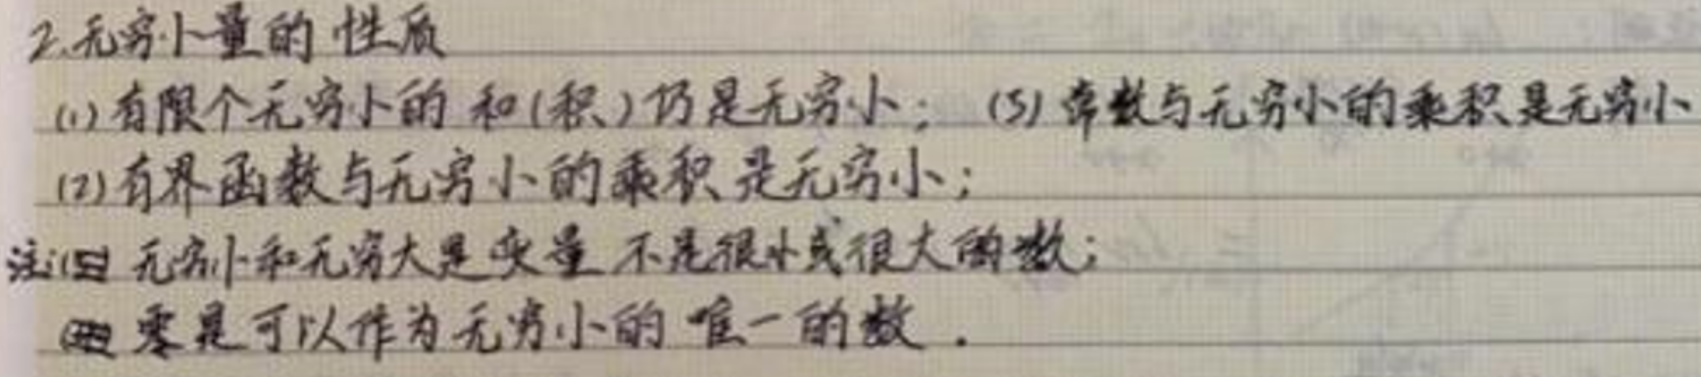
2.无穷小量的性质

(1) 有限个无穷小的和(积)仍是无穷小；(3) 常数与无穷小的乘积是无穷小；

(2) 有界函数与无穷小的乘积是无穷小；

注意无穷小和无穷大是变量不是很小或很大的数；

零是可以作为无穷小的唯一的数。